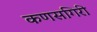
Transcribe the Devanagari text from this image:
कणसगिरी